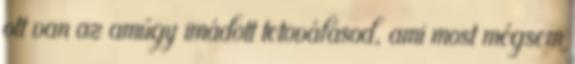
ott van az amúgy imádott tetoválásod, ami most mégsem